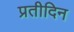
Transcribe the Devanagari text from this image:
प्रतीदिन